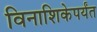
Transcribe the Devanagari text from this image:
विनाशिकेपर्यंत